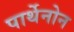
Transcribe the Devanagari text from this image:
पार्थेनोन